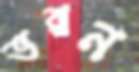
ভরন